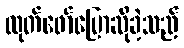
ထုတ်ဖော်ပြောဆိုခဲ့သည်